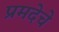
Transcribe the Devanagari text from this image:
प्रमदेचे